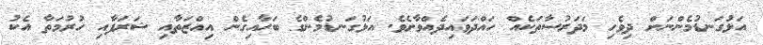
އަޅުގަނޑުމެންނަށް ދިވެހި މަދަރުސާތަކެއް ހައްދަވައިދެއްވާށެވެ. އަޅުގަނޑުމެންގެ ބަހާއިގެން އިއްޒަތާއި ޝަރަފާއި ހުރުމަތާ އެކު